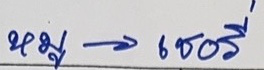
หมู -> เชอรี่